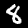
Label: 8